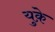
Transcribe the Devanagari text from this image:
युक़े